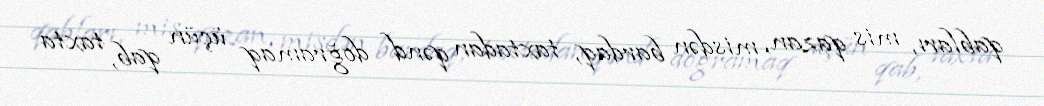
qabları, mis qazan, misdən bardaq, taxtadan qənd doğramaq üçün qab, taxta